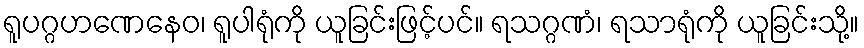
ရူပဂ္ဂဟဏေနေဝ၊ ရူပါရုံကို ယူခြင်းဖြင့်ပင်။ ရသဂ္ဂဏံ၊ ရသာရုံကို ယူခြင်းသို့။